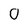
Character: 0